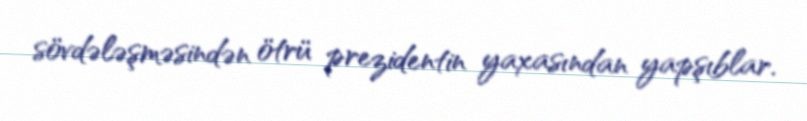
sövdələşməsindən ötrü prezidentin yaxasından yapşıblar.